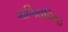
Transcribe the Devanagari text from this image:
गणितनिष्ठ